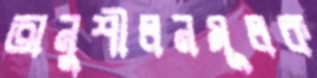
অনুশীলনমূলক